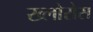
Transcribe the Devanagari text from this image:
ख्लोरोस